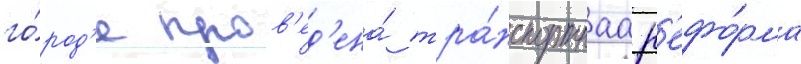
го́род'е пров'ед'ена́ тра́нспортнаа р'ефо́рма